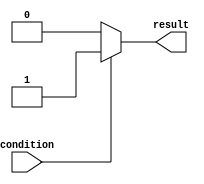
module if_else_example(
    input wire condition,
    output reg result
);

always @(*)
begin
    if(condition)
        result = 1;
    else
        result = 0;
end

endmodule